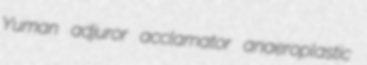
Yuman adjuror acclamator anaeroplastic